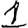
Digit: 1